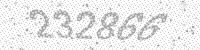
Solution: 232866